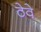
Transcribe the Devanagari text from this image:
ठेवे